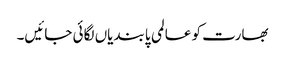
بھارت کو عالمی پابندیاں لگائی جائیں۔